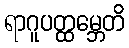
ရာဂူပတ္ထမ္ဘေတိ